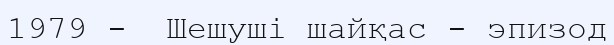
1979 -  Шешуші шайқас - эпизод